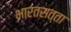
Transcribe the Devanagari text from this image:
भारतसत्ता